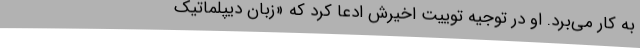
به کار می‌برد. او در توجیه توییت اخیرش ادعا كرد كه «زبان دیپلماتیک